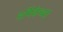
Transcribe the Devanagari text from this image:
हर्मिकेच्या